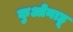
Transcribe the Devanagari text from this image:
कुओनाहू